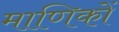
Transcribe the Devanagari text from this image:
माणिकों